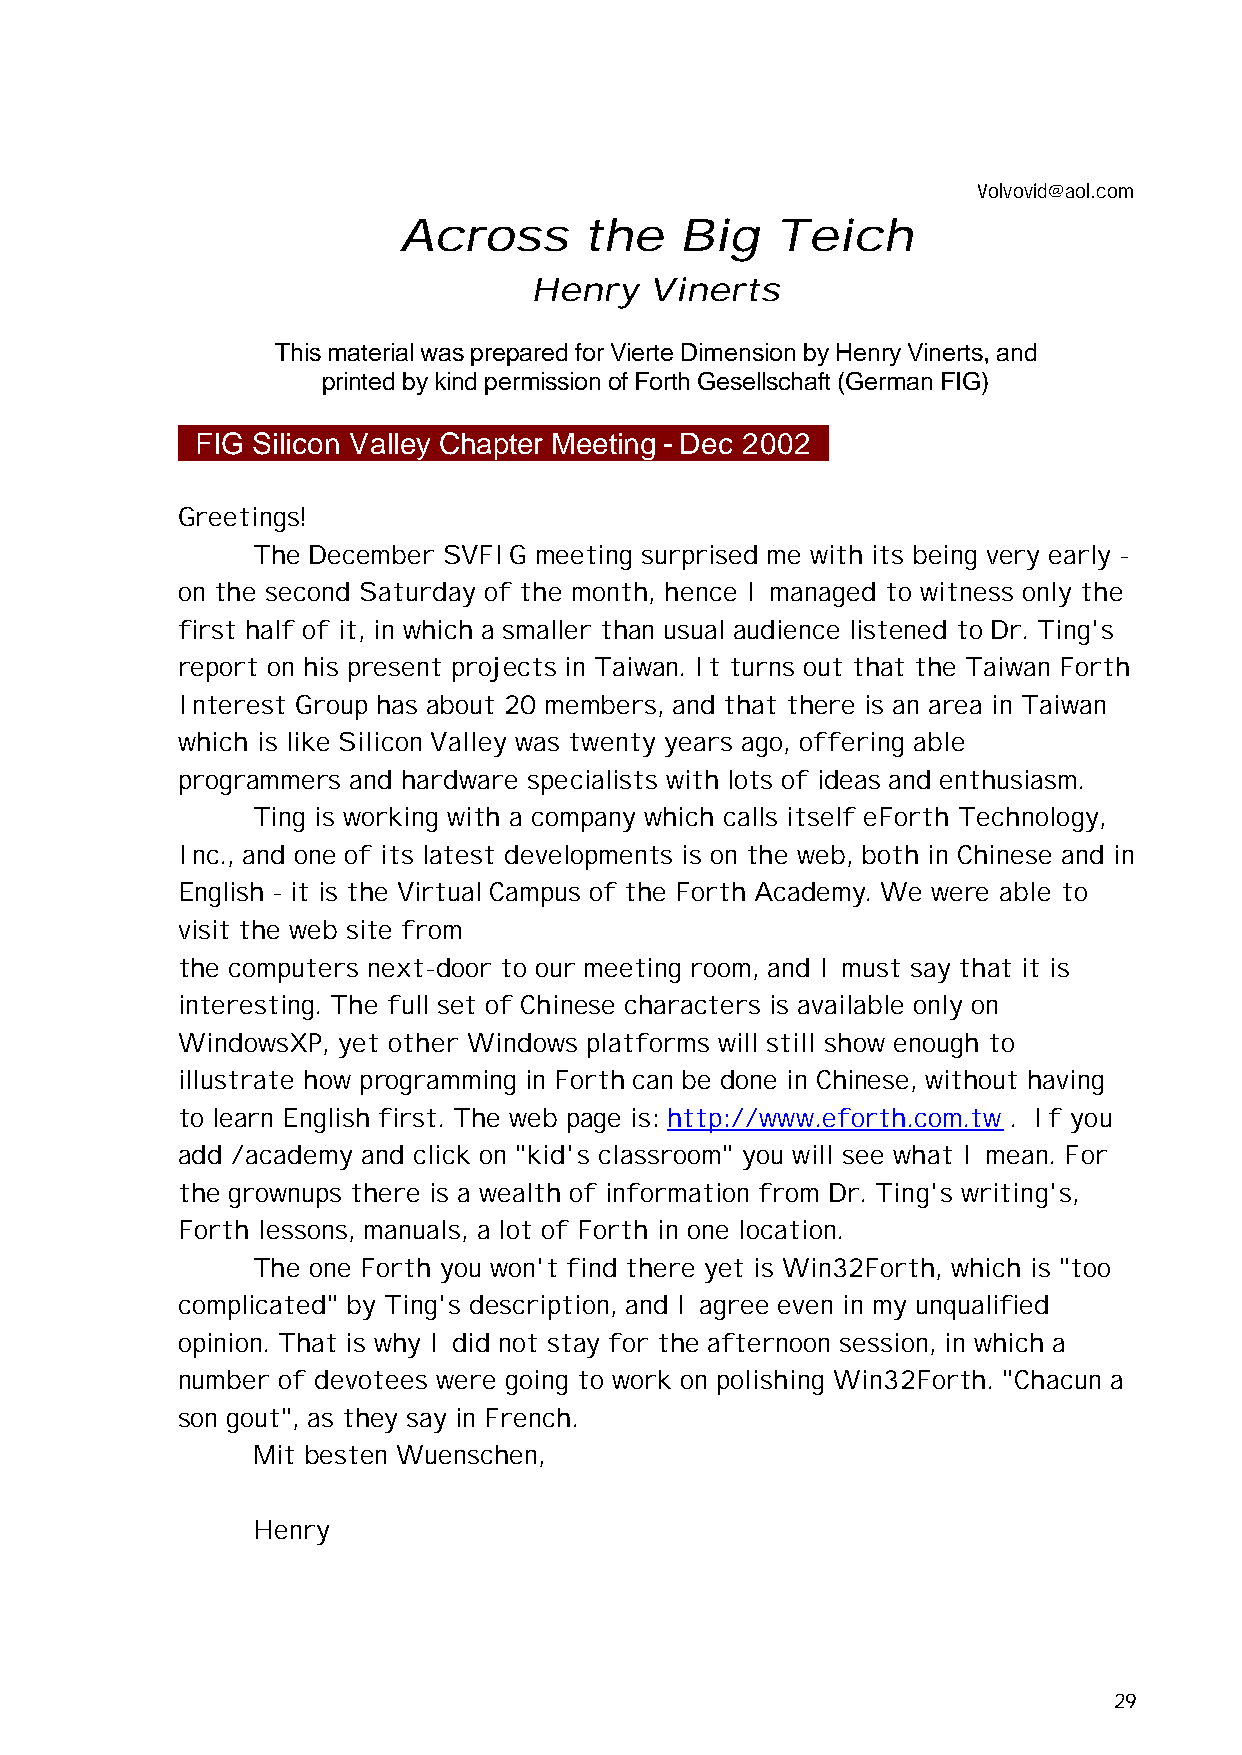
Volvovid@aol.com
 Across       the   Big   Teich
 Henry   Vinerts
 This material was prepared for Vierte Dimension by Henry Vinerts, and
 printed by kind permission of Forth Gesellschaft (German FIG)
 _FIG Silicon Valley Chapter Meeting - Dec 2002_
 Greetings!
 The December SVFIG meeting surprised me with its being very early -
 on the second Saturday of the month, hence I managed to witness only the
 first half of it, in which a smaller than usual audience listened to Dr. Ting's
 report on his present projects in Taiwan. It turns out that the Taiwan Forth
 Interest Group has about 20 members, and that there is an area in Taiwan
 which is like Silicon Valley was twenty years ago, offering able
 programmers and hardware specialists with lots of ideas and enthusiasm.
 Ting is working with a company which calls itself eForth Technology,
 Inc., and one of its latest developments is on the web, both in Chinese and in
 English - it is the Virtual Campus of the Forth Academy. We were able to
 visit the web site from
 the computers next-door to our meeting room, and I must say that it is
 interesting. The full set of Chinese characters is available only on
 WindowsXP, yet other Windows platforms will still show enough to
 illustrate how programming in Forth can be done in Chinese, without having
 to learn English first. The web page is: http://www.eforth.com.tw . If you
 add /academy and click on "kid's classroom" you will see what I mean. For
 the grownups there is a wealth of information from Dr. Ting's writing's,
 Forth lessons, manuals, a lot of Forth in one location.
 The one Forth you won't find there yet is Win32Forth, which is "too
 complicated" by Ting's description, and I agree even in my unqualified
 opinion. That is why I did not stay for the afternoon session, in which a
 number of devotees were going to work on polishing Win32Forth. "Chacun a
 son gout", as they say in French.
 Mit besten Wuenschen,
 Henry
 29